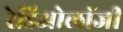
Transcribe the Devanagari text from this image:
रेडिओलॉजी